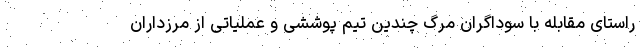
راستای مقابله با سوداگران مرگ چندین تیم پوششی و عملیاتی از مرزداران